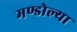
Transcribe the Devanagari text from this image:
मण्डोल्या